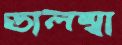
ডালম্বা